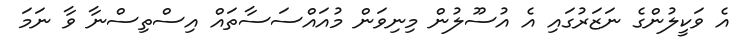
އެ ވަކީލުންގެ ނަޒަރުގައި އެ އުސޫލުން މިނިވަން މުއައްސަސާތައް އިސްތިސްނާ ވާ ނަމަ